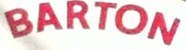
BARTON